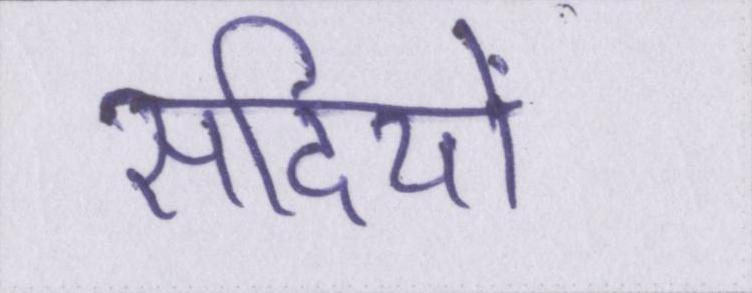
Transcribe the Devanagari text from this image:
सदियों